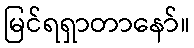
မြင်ရရှာတာနော်။